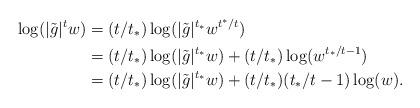
LaTeX: \begin{align*} \log (|\tilde{g}|^t w) & = (t/t_*)\log(|\tilde{g}|^{t_*} w^{t^*/t}) \\& = (t/t_*)\log(|\tilde{g}|^{t_*}w) + (t/t_*)\log(w^{t_*/t - 1}) \\& = (t/t_*)\log(|\tilde{g}|^{t_*}w) + (t/t_*)(t_*/t - 1)\log(w).\end{align*}